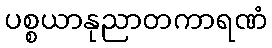
ပစ္စယာနုညာတကာရဏံ